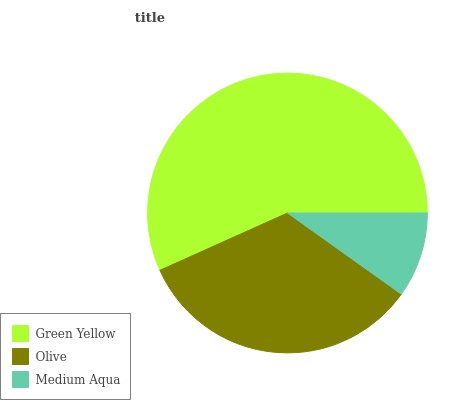
| Green Yellow | Olive | Medium Aqua |
 | --- | --- | --- |
 | 56.7% | 33.4% | 9.86% |